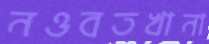
নওবতখানা